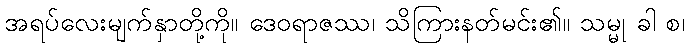
အရပ်လေးမျက်နှာတို့ကို။ ဒေဝရာဇဿ၊ သိကြားနတ်မင်း၏။ သမ္မု ခါ စ၊